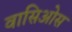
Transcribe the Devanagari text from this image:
वासिओस